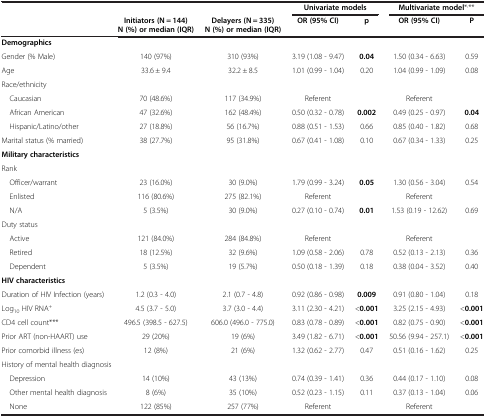
<table><thead><tr><td colspan="3"><b> </b></td><td colspan="2"><b>Univariate models</b></td><td colspan="2"><b>Multivariate model*<sup>,</sup>**</b></td></tr><tr><td><b> </b></td><td><b>Initiators (N = 144) N (%) or median (IQR)</b></td><td><b>Delayers (N = 335) N (%) or median (IQR)</b></td><td><b>OR (95% CI)</b></td><td><b>p</b></td><td><b>OR (95% CI)</b></td><td><b>P</b></td></tr></thead><tbody><tr><td colspan="7"><b>Demographics</b></td></tr><tr><td>Gender (% Male)</td><td>140 (97%)</td><td>310 (93%)</td><td>3.19 (1.08 - 9.47)</td><td><b>0.04</b></td><td>1.50 (0.34 - 6.63)</td><td>0.59</td></tr><tr><td>Age</td><td>33.6 ± 9.4</td><td>32.2 ± 8.5</td><td>1.01 (0.99 - 1.04)</td><td>0.20</td><td>1.04 (0.99 - 1.09)</td><td>0.08</td></tr><tr><td colspan="7">Race/ethnicity</td></tr><tr><td> Caucasian</td><td>70 (48.6%)</td><td>117 (34.9%)</td><td>Referent</td><td> </td><td>Referent</td><td> </td></tr><tr><td> African American</td><td>47 (32.6%)</td><td>162 (48.4%)</td><td>0.50 (0.32 - 0.78)</td><td><b>0.002</b></td><td>0.49 (0.25 - 0.97)</td><td><b>0.04</b></td></tr><tr><td> Hispanic/Latino/other</td><td>27 (18.8%)</td><td>56 (16.7%)</td><td>0.88 (0.51 - 1.53)</td><td>0.66</td><td>0.85 (0.40 - 1.82)</td><td>0.68</td></tr><tr><td>Marital status (% married)</td><td>38 (27.7%)</td><td>95 (31.8%)</td><td>0.67 (0.41 - 1.08)</td><td>0.10</td><td>0.67 (0.34 - 1.33)</td><td>0.25</td></tr><tr><td colspan="7"><b>Military characteristics</b></td></tr><tr><td colspan="7">Rank</td></tr><tr><td> Officer/warrant</td><td>23 (16.0%)</td><td>30 (9.0%)</td><td>1.79 (0.99 - 3.24)</td><td><b>0.05</b></td><td>1.30 (0.56 - 3.04)</td><td>0.54</td></tr><tr><td> Enlisted</td><td>116 (80.6%)</td><td>275 (82.1%)</td><td>Referent</td><td> </td><td>Referent</td><td> </td></tr><tr><td> N/A</td><td>5 (3.5%)</td><td>30 (9.0%)</td><td>0.27 (0.10 - 0.74)</td><td><b>0.01</b></td><td>1.53 (0.19 - 12.62)</td><td>0.69</td></tr><tr><td colspan="7">Duty status</td></tr><tr><td> Active</td><td>121 (84.0%)</td><td>284 (84.8%)</td><td>Referent</td><td> </td><td>Referent</td><td> </td></tr><tr><td> Retired</td><td>18 (12.5%)</td><td>32 (9.6%)</td><td>1.09 (0.58 - 2.06)</td><td>0.78</td><td>0.52 (0.13 - 2.13)</td><td>0.36</td></tr><tr><td> Dependent</td><td>5 (3.5%)</td><td>19 (5.7%)</td><td>0.50 (0.18 - 1.39)</td><td>0.18</td><td>0.38 (0.04 - 3.52)</td><td>0.40</td></tr><tr><td colspan="7"><b>HIV characteristics</b></td></tr><tr><td>Duration of HIV Infection (years)</td><td>1.2 (0.3 - 4.0)</td><td>2.1 (0.7 - 4.8)</td><td>0.92 (0.86 - 0.98)</td><td><b>0.009</b></td><td>0.91 (0.80 - 1.04)</td><td>0.18</td></tr><tr><td>Log<sub>10</sub> HIV RNA<sup>+</sup></td><td>4.5 (3.7 - 5.0)</td><td>3.7 (3.0 - 4.4)</td><td>3.11 (2.30 - 4.21)</td><td>&lt;<b>0.001</b></td><td>3.25 (2.15 - 4.93)</td><td>&lt;<b>0.001</b></td></tr><tr><td>CD4 cell count***</td><td>496.5 (398.5 - 627.5)</td><td>606.0 (496.0 - 775.0)</td><td>0.83 (0.78 - 0.89)</td><td>&lt;<b>0.001</b></td><td>0.82 (0.75 - 0.90)</td><td>&lt;<b>0.001</b></td></tr><tr><td>Prior ART (non-HAART) use</td><td>29 (20%)</td><td>19 (6%)</td><td>3.49 (1.82 - 6.71)</td><td>&lt;<b>0.001</b></td><td>50.56 (9.94 - 257.1)</td><td>&lt;<b>0.001</b></td></tr><tr><td>Prior comorbid illness (es)</td><td>12 (8%)</td><td>21 (6%)</td><td>1.32 (0.62 - 2.77)</td><td>0.47</td><td>0.51 (0.16 - 1.62)</td><td>0.25</td></tr><tr><td colspan="7">History of mental health diagnosis</td></tr><tr><td> Depression</td><td>14 (10%)</td><td>43 (13%)</td><td>0.74 (0.39 - 1.41)</td><td>0.36</td><td>0.44 (0.17 - 1.10)</td><td>0.08</td></tr><tr><td> Other mental health diagnosis</td><td>8 (6%)</td><td>35 (10%)</td><td>0.52 (0.23 - 1.15)</td><td>0.11</td><td>0.37 (0.13 - 1.04)</td><td>0.06</td></tr><tr><td> None</td><td>122 (85%)</td><td>257 (77%)</td><td>Referent</td><td> </td><td>Referent</td><td> </td></tr></tbody></table>